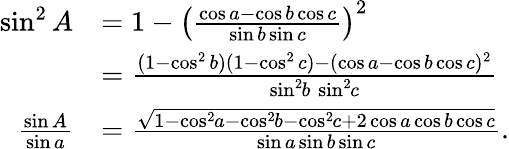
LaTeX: {\begin{array}{rl}{\sin^{2}A}&{=1-\left({\frac{\cos a-\cos b\cos c}{\sin b\sin c}}\right)^{2}}\\ &{={\frac{(1-\cos^{2}b)(1-\cos^{2}c)-(\cos a-\cos b\cos c)^{2}}{\sin^{2}\! b\, \sin^{2}\! c}}}\\ {{\frac{\sin A}{\sin a}}}&{={\frac{\sqrt{1-\cos^{2}\! a-\cos^{2}\! b-\cos^{2}\! c+2\cos a\cos b\cos c}}{\sin a\sin b\sin c}}.}\end{array}}